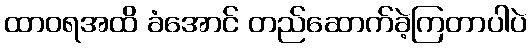
ထာဝရအထိ ခံအောင် တည်ဆောက်ခဲ့ကြတာပါပဲ